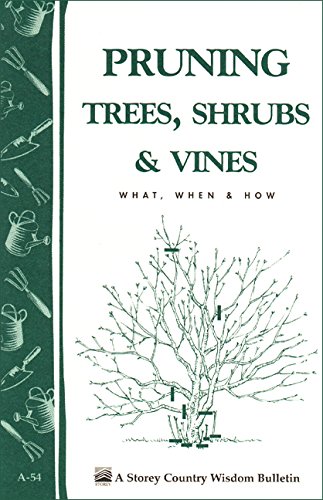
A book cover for Pruning Trees, Shrubs & Vines: Storey's Country Wisdom Bulletin A-54 (Storey Country Wisdom Bulletin); Editors of Garden Way Publishing; Crafts, Hobbies & Home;